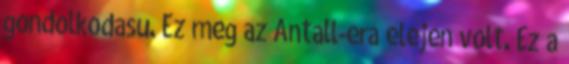
gondolkodasu. Ez meg az Antall-era elejen volt. Ez a